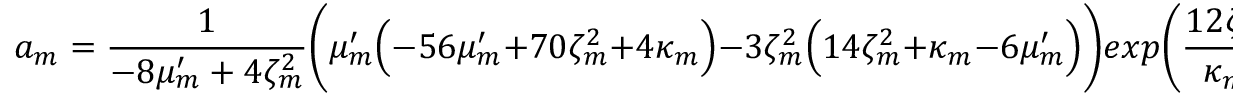
a _ { m } = \frac { 1 } { - 8 \mu _ { m } ^ { \prime } + 4 \zeta _ { m } ^ { 2 } } \Bigg ( \mu _ { m } ^ { \prime } \Big ( - 5 6 \mu _ { m } ^ { \prime } + 7 0 \zeta _ { m } ^ { 2 } + 4 \kappa _ { m } \Big ) - 3 \zeta _ { m } ^ { 2 } \Big ( 1 4 \zeta _ { m } ^ { 2 } + \kappa _ { m } - 6 \mu _ { m } ^ { \prime } \Big ) \Bigg ) e x p \Bigg ( \frac { 1 2 \zeta _ { m } ^ { 2 } } { \kappa _ { m } } \Bigg ) ,